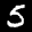
Label: 5